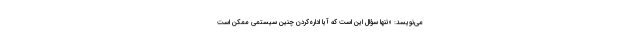
می‌نویسد: «تنها سؤال این است که آیا اداره‌کردن چنین سیستمی ممکن است